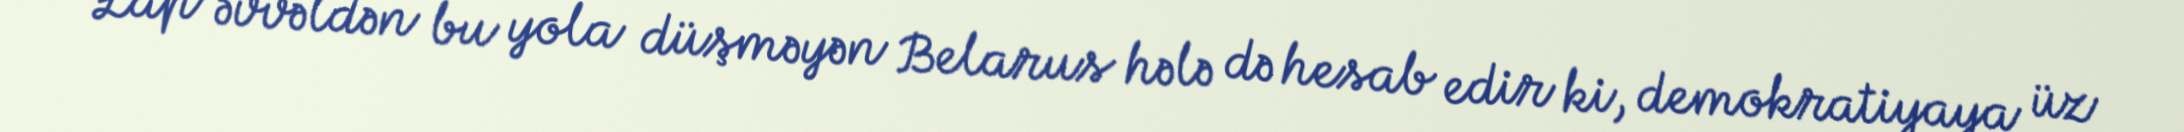
Lap əvvəldən bu yola düşməyən Belarus hələ də hesab edir ki, demokratiyaya üz